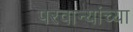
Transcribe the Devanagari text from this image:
परवान्यांच्या